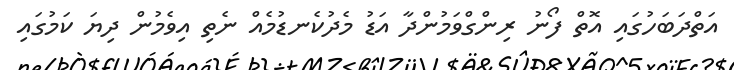
އަތްދަބަހުގައި އޮތް ފޯނު ރިންގްވަމުންދާ އަޑު މެދުކެނޑުމެއް ނެތި އިވެމުން ދިޔަ ކަމުގައި